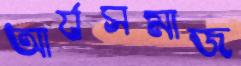
আর্যসমাজ